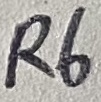
Text: R6